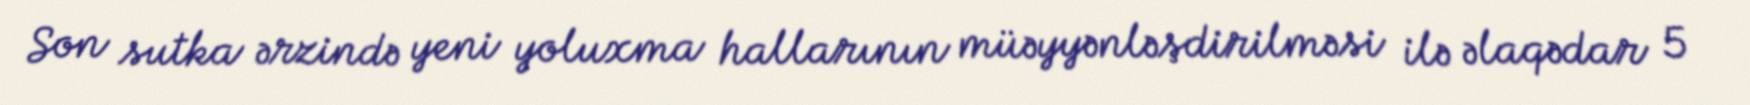
Son sutka ərzində yeni yoluxma hallarının müəyyənləşdirilməsi ilə əlaqədar 5